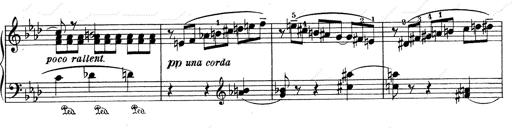
Title: Weinen, Klagen, Sorgen, Zagen
Composer: Franz Liszt